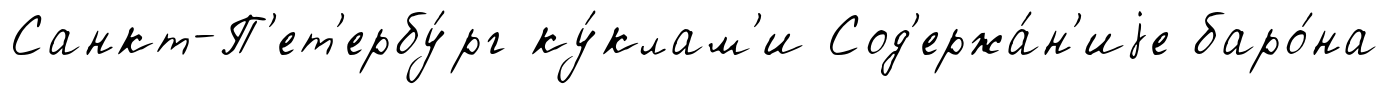
Санкт-П'ет'ербу́рг ку́клам'и Сод'ержа́н'иjе баро́на